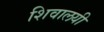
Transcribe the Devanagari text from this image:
शिवालयी